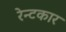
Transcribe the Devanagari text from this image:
रेन्टकार